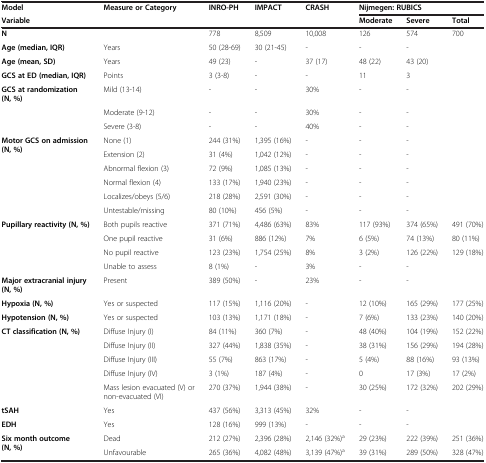
<table><thead><tr><td><b>Model</b></td><td><b>Measure or Category</b></td><td><b>INRO-PH</b></td><td><b>IMPACT</b></td><td><b>CRASH</b></td><td colspan="3"><b>Nijmegen: RUBICS</b></td></tr><tr><td><b>Variable</b></td><td></td><td></td><td></td><td></td><td><b>Moderate</b></td><td><b>Severe</b></td><td><b>Total</b></td></tr></thead><tbody><tr><td><b>N</b></td><td></td><td>778</td><td>8,509</td><td>10,008</td><td>126</td><td>574</td><td>700</td></tr><tr><td><b>Age (median, IQR)</b></td><td>Years</td><td>50 (28-69)</td><td>30 (21-45)</td><td>-</td><td>-</td><td>-</td><td></td></tr><tr><td><b>Age (mean, SD)</b></td><td>Years</td><td>49 (23)</td><td>-</td><td>37 (17)</td><td>48 (22)</td><td>43 (20)</td><td></td></tr><tr><td><b>GCS at ED (median, IQR)</b></td><td>Points</td><td>3 (3-8)</td><td>-</td><td>-</td><td>11</td><td>3</td><td></td></tr><tr><td><b>GCS at randomization (N, %)</b></td><td>Mild (13-14)</td><td>-</td><td>-</td><td>30%</td><td>-</td><td>-</td><td></td></tr><tr><td></td><td>Moderate (9-12)</td><td>-</td><td>-</td><td>30%</td><td>-</td><td>-</td><td></td></tr><tr><td></td><td>Severe (3-8)</td><td>-</td><td>-</td><td>40%</td><td>-</td><td>-</td><td></td></tr><tr><td rowspan="6"><b>Motor GCS on admission (N, %)</b></td><td>None (1)</td><td>244 (31%)</td><td>1,395 (16%)</td><td>-</td><td>-</td><td>-</td><td></td></tr><tr><td>Extension (2)</td><td>31 (4%)</td><td>1,042 (12%)</td><td>-</td><td>-</td><td>-</td><td></td></tr><tr><td>Abnormal flexion (3)</td><td>72 (9%)</td><td>1,085 (13%)</td><td>-</td><td>-</td><td>-</td><td></td></tr><tr><td>Normal flexion (4)</td><td>133 (17%)</td><td>1,940 (23%)</td><td>-</td><td>-</td><td>-</td><td></td></tr><tr><td>Localizes/obeys (5/6)</td><td>218 (28%)</td><td>2,591 (30%)</td><td>-</td><td>-</td><td>-</td><td></td></tr><tr><td>Untestable/missing</td><td>80 (10%)</td><td>456 (5%)</td><td>-</td><td>-</td><td>-</td><td></td></tr><tr><td rowspan="3"><b>Pupillary reactivity (N, %)</b></td><td>Both pupils reactive</td><td>371 (71%)</td><td>4,486 (63%)</td><td>83%</td><td>117 (93%)</td><td>374 (65%)</td><td>491 (70%)</td></tr><tr><td>One pupil reactive</td><td>31 (6%)</td><td>886 (12%)</td><td>7%</td><td>6 (5%)</td><td>74 (13%)</td><td>80 (11%)</td></tr><tr><td>No pupil reactive</td><td>123 (23%)</td><td>1,754 (25%)</td><td>8%</td><td>3 (2%)</td><td>126 (22%)</td><td>129 (18%)</td></tr><tr><td></td><td>Unable to assess</td><td>8 (1%)</td><td>-</td><td>3%</td><td>-</td><td>-</td><td></td></tr><tr><td><b>Major extracranial injury (N, %)</b></td><td>Present</td><td>389 (50%)</td><td>-</td><td>23%</td><td>-</td><td>-</td><td></td></tr><tr><td><b>Hypoxia (N, %)</b></td><td>Yes or suspected</td><td>117 (15%)</td><td>1,116 (20%)</td><td>-</td><td>12 (10%)</td><td>165 (29%)</td><td>177 (25%)</td></tr><tr><td><b>Hypotension (N, %)</b></td><td>Yes or suspected</td><td>103 (13%)</td><td>1,171 (18%)</td><td>-</td><td>7 (6%)</td><td>133 (23%)</td><td>140 (20%)</td></tr><tr><td rowspan="5"><b>CT classification (N, %)</b></td><td>Diffuse Injury (I)</td><td>84 (11%)</td><td>360 (7%)</td><td>-</td><td>48 (40%)</td><td>104 (19%)</td><td>152 (22%)</td></tr><tr><td>Diffuse Injury (II)</td><td>327 (44%)</td><td>1,838 (35%)</td><td>-</td><td>38 (31%)</td><td>156 (29%)</td><td>194 (28%)</td></tr><tr><td>Diffuse Injury (III)</td><td>55 (7%)</td><td>863 (17%)</td><td>-</td><td>5 (4%)</td><td>88 (16%)</td><td>93 (13%)</td></tr><tr><td>Diffuse Injury (IV)</td><td>3 (1%)</td><td>187 (4%)</td><td>-</td><td>0</td><td>17 (3%)</td><td>17 (2%)</td></tr><tr><td>Mass lesion evacuated (V) or non-evacuated (VI)</td><td>270 (37%)</td><td>1,944 (38%)</td><td>-</td><td>30 (25%)</td><td>172 (32%)</td><td>202 (29%)</td></tr><tr><td><b>tSAH</b></td><td>Yes</td><td>437 (56%)</td><td>3,313 (45%)</td><td>32%</td><td>-</td><td>-</td><td></td></tr><tr><td><b>EDH</b></td><td>Yes</td><td>128 (16%)</td><td>999 (13%)</td><td>-</td><td>-</td><td>-</td><td></td></tr><tr><td rowspan="2"><b>Six month outcome (N, %)</b></td><td>Dead</td><td>212 (27%)</td><td>2,396 (28%)</td><td>2,146 (32%)<sup>a</sup></td><td>29 (23%)</td><td>222 (39%)</td><td>251 (36%)</td></tr><tr><td>Unfavourable</td><td>265 (36%)</td><td>4,082 (48%)</td><td>3,139 (47%)<sup>a</sup></td><td>39 (31%)</td><td>289 (50%)</td><td>328 (47%)</td></tr></tbody></table>